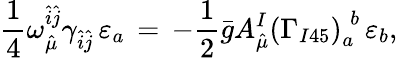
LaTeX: \frac{1}{4}\omega_{\hat{\mu}}^{\hat{i}\hat{j}}\gamma_{\hat{i}\hat{j}}\, \varepsilon_{a}\, =\, -\frac{1}{2}\bar{g}A_{\hat{\mu}}^{I}\left(\Gamma_{I45}\right)_{a}^{\; b}\, \varepsilon_{b},